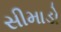
સીમાડો